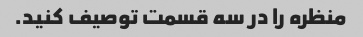
منظره را در سه قسمت توصیف کنید.